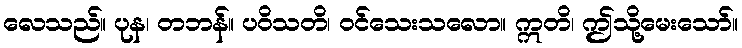
လေသည်။ ပုန၊ တဘန်။ ပဝိသတိ၊ ဝင်သေးသလော။ ဣတိ၊ ဤသို့မေးသော်။